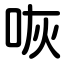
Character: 咴